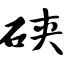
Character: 硖